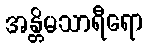
အန္တိမသာရီရော